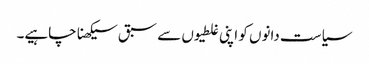
سیاست دانوں کو اپنی غلطیوں سے سبق سیکھنا چاہیے۔